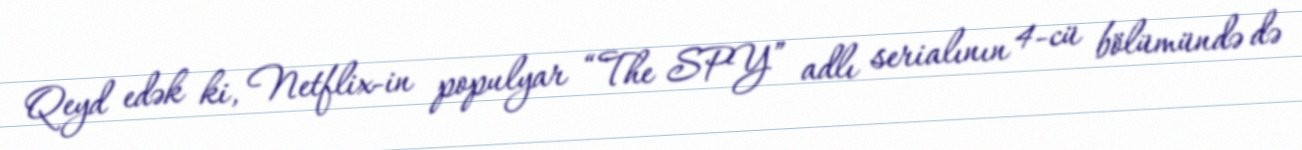
Qeyd edək ki, Netflix-in populyar “The SPY” adlı serialının 4-cü bölümündə də